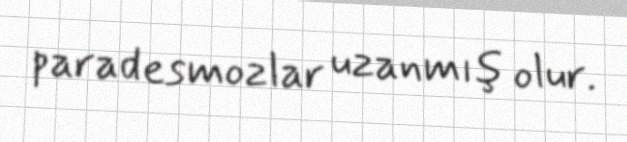
paradesmozlar uzanmış olur.